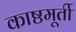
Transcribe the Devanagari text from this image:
काष्ठमूर्ती